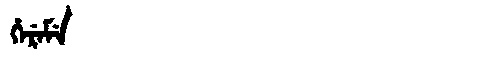
Manchu: ᡥᡝᡵᡝᠮᡝ
Romanization: HEREME